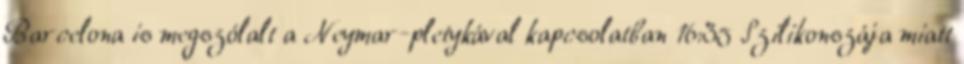
Barcelona is megszólalt a Neymar-pletykával kapcsolatban 16:35 Szilikonszája miatt